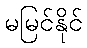
မမြင်နိုင်